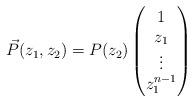
LaTeX: \begin{align*} \vec{P}(z_1,z_2) = P(z_2) \begin{pmatrix} 1 \\ z_1 \\ \vdots \\ z_1^{n-1} \end{pmatrix} \end{align*}